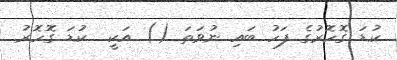
ކުޑަ ގޮހޮރުގެ ފަހު ބައި ނުވަތަ () އަކީ  ކުޑަ ގޮހޮރު